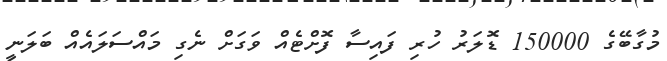
މުގާބޭގެ 150000 ޑޮލަރު ހުރި ފައިސާ ފޮށްޓެއް ވަގަށް ނެގި މައްސަލައެއް ބަލަނީ